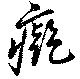
癡